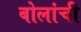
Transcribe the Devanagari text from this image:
बोलांची